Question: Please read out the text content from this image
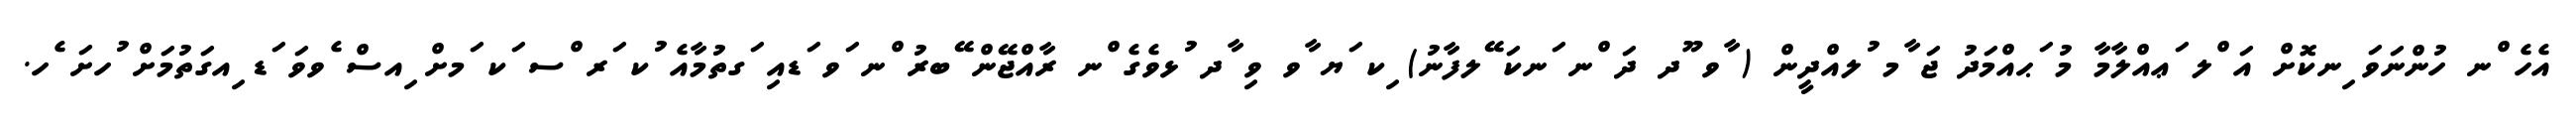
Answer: އެހެ ްނ ހުންނަވަ ިނކޮށް އަ ްލ ަޢއްލާމާ މު ަޙއްމަދު ޖަ ާމ ުލއްދީން ( ާވ ޫދ ދަ ްނ ަނކަ ޭލފާނު) ިކ ަޔ ާވ ވި ާދ ުޅވެގެ ްނ ރާއްޖޭން ޭބރު ްނ ަވ ަޑއި ަގތުމާއެ ުކ ަރ ްސ ަކ ަމށް ިއސް ެވވަ ަޑ ިއގަތުމަށް ުހށަ ެހ.